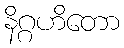
နိဂ္ဂဟိတော